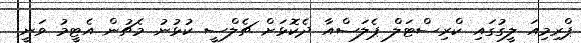
ޕްރިމިއަ ލީގުގައި ކްރިސްޓަލް ޕެލަސްއާ ދެކޮޅަށް ޗެލްސީ ކުޅުނު މެޗުން އެޓީމު ވަނީ